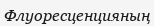
Флуоресценцияның